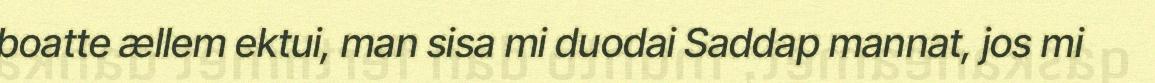
boatte ællem ektui, man sisa mi duodai Saddap mannat, jos mi